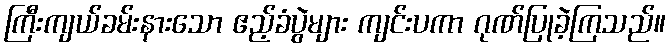
ကြီးကျယ်ခမ်းနားသော ဧည့်ခံပွဲများ ကျင်းပကာ ဂုဏ်ပြုခဲ့ကြသည်။